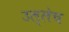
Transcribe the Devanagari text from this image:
उल्लेच